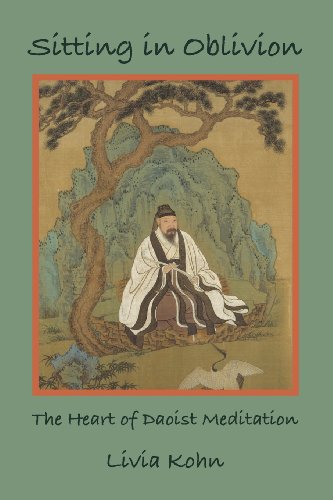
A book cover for Sitting in Oblivion: The Heart of Daoist Meditation; Livia Kohn; Religion & Spirituality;